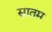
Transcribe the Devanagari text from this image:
स्नातम